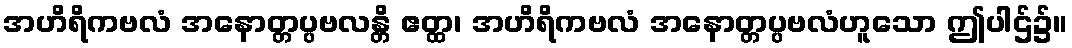
အဟိရိကဗလံ အနောတ္တပ္ပဗလန္တိ ဧတ္ထ၊ အဟိရိကဗလံ အနောတ္တပ္ပဗလံဟူသော ဤပါဌ်၌။